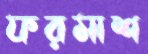
ফরমাশ